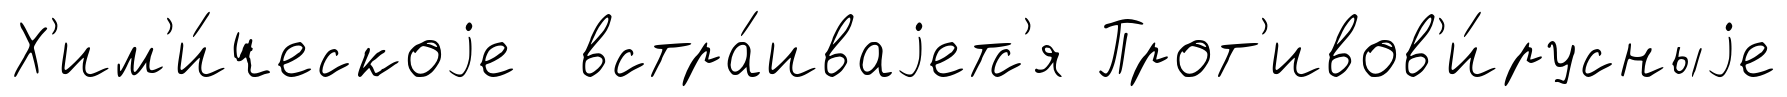
Х'им'и́ческоjе встра́иваjетс'я Прот'ивов'и́русныjе